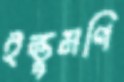
ইন্তুমণি